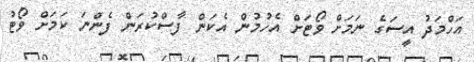
އަހްމަދު އީސަގެ ނަމަށް ވޯޓަށް އެހުމުން އެކަން ފާސްކުރަން ފެންނަ ކަމަށް ވޯޓު